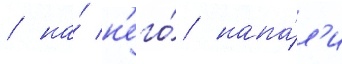
/ на́ н'его́ напа́л'и